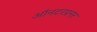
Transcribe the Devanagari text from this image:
ऑनटरप्रनर